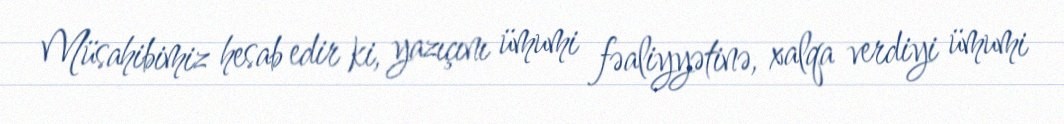
Müsahibimiz hesab edir ki, yazıçını ümumi fəaliyyətinə, xalqa verdiyi ümumi